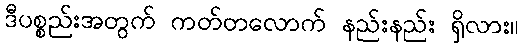
ဒီပစ္စည်းအတွက် ကတ်တလောက် နည်းနည်း ရှိလား။